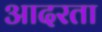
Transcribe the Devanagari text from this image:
आदरता